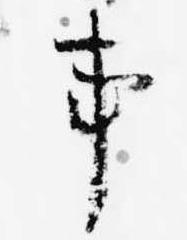
事